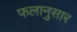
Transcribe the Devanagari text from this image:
फलानुसार